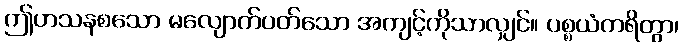
ဤဟသနစသော မလျောက်ပတ်သော အကျင့်ကိုသာလျှင်။ ပစ္စယံကရိတွာ၊